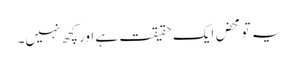
یہ تو محض ایک حقیقت ہے اور کچھ نہیں۔